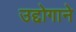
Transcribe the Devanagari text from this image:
उद्दोगाने